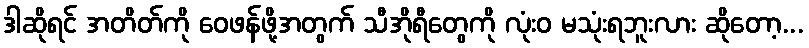
ဒါဆိုရင် အတိတ်ကို ဝေဖန်ဖို့အတွက် သီအိုရီတွေကို လုံးဝ မသုံးရဘူးလား ဆိုတော့...